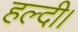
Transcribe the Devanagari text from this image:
हल्दी।